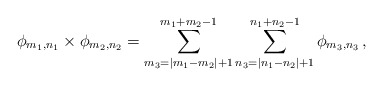
\begin{align*} \phi_{m_1,n_1} \times \phi_{m_2,n_2} = \sum_{m_3=|m_1-m_2|+1}^{m_1+m_2-1} \sum_{n_3=|n_1-n_2|+1}^{n_1+n_2-1} \phi_{m_3,n_3}\,,\end{align*}